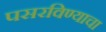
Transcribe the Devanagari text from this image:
पसरविण्याचा